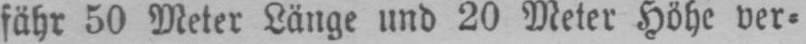
fähr 50 Meter Länge und 20 Meter Höhe ver⸗